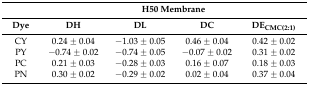
<table><thead><tr><td></td><td colspan="4"><b>H50 Membrane</b></td></tr><tr><td><b>Dye</b></td><td><b>DH</b></td><td><b>DL</b></td><td><b>DC</b></td><td><b>DE<sub>CMC(2:1)</sub></b></td></tr></thead><tbody><tr><td>CY</td><td>0.24 ± 0.04</td><td>−1.03 ± 0.05</td><td>0.46 ± 0.04</td><td>0.42 ± 0.02</td></tr><tr><td>PY</td><td>−0.74 ± 0.02</td><td>−0.74 ± 0.05</td><td>−0.07 ± 0.02</td><td>0.31 ± 0.02</td></tr><tr><td>PC</td><td>0.21 ± 0.03</td><td>−0.28 ± 0.03</td><td>0.16 ± 0.07</td><td>0.18 ± 0.03</td></tr><tr><td>PN</td><td>0.30 ± 0.02</td><td>−0.29 ± 0.02</td><td>0.02 ± 0.04</td><td>0.37 ± 0.04</td></tr></tbody></table>